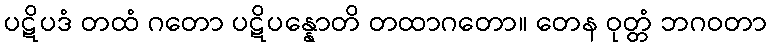
ပဋိပဒံ တထံ ဂတော ပဋိပန္နောတိ တထာဂတော။ တေန ဝုတ္တံ ဘဂဝတာ